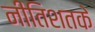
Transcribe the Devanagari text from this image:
नीतिशतके